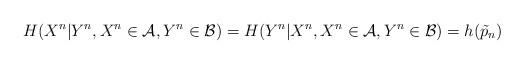
LaTeX: \begin{align*}&H(X^n|Y^n, X^n\in\mathcal{A}, Y^n\in \mathcal{B})=H(Y^n|X^n, X^n\in\mathcal{A}, Y^n\in \mathcal{B})=h(\tilde{p}_n)\end{align*}